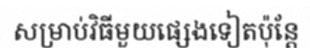
សម្រាប់វិធីមួយផ្សេងទៀតប៉ុន្តែ